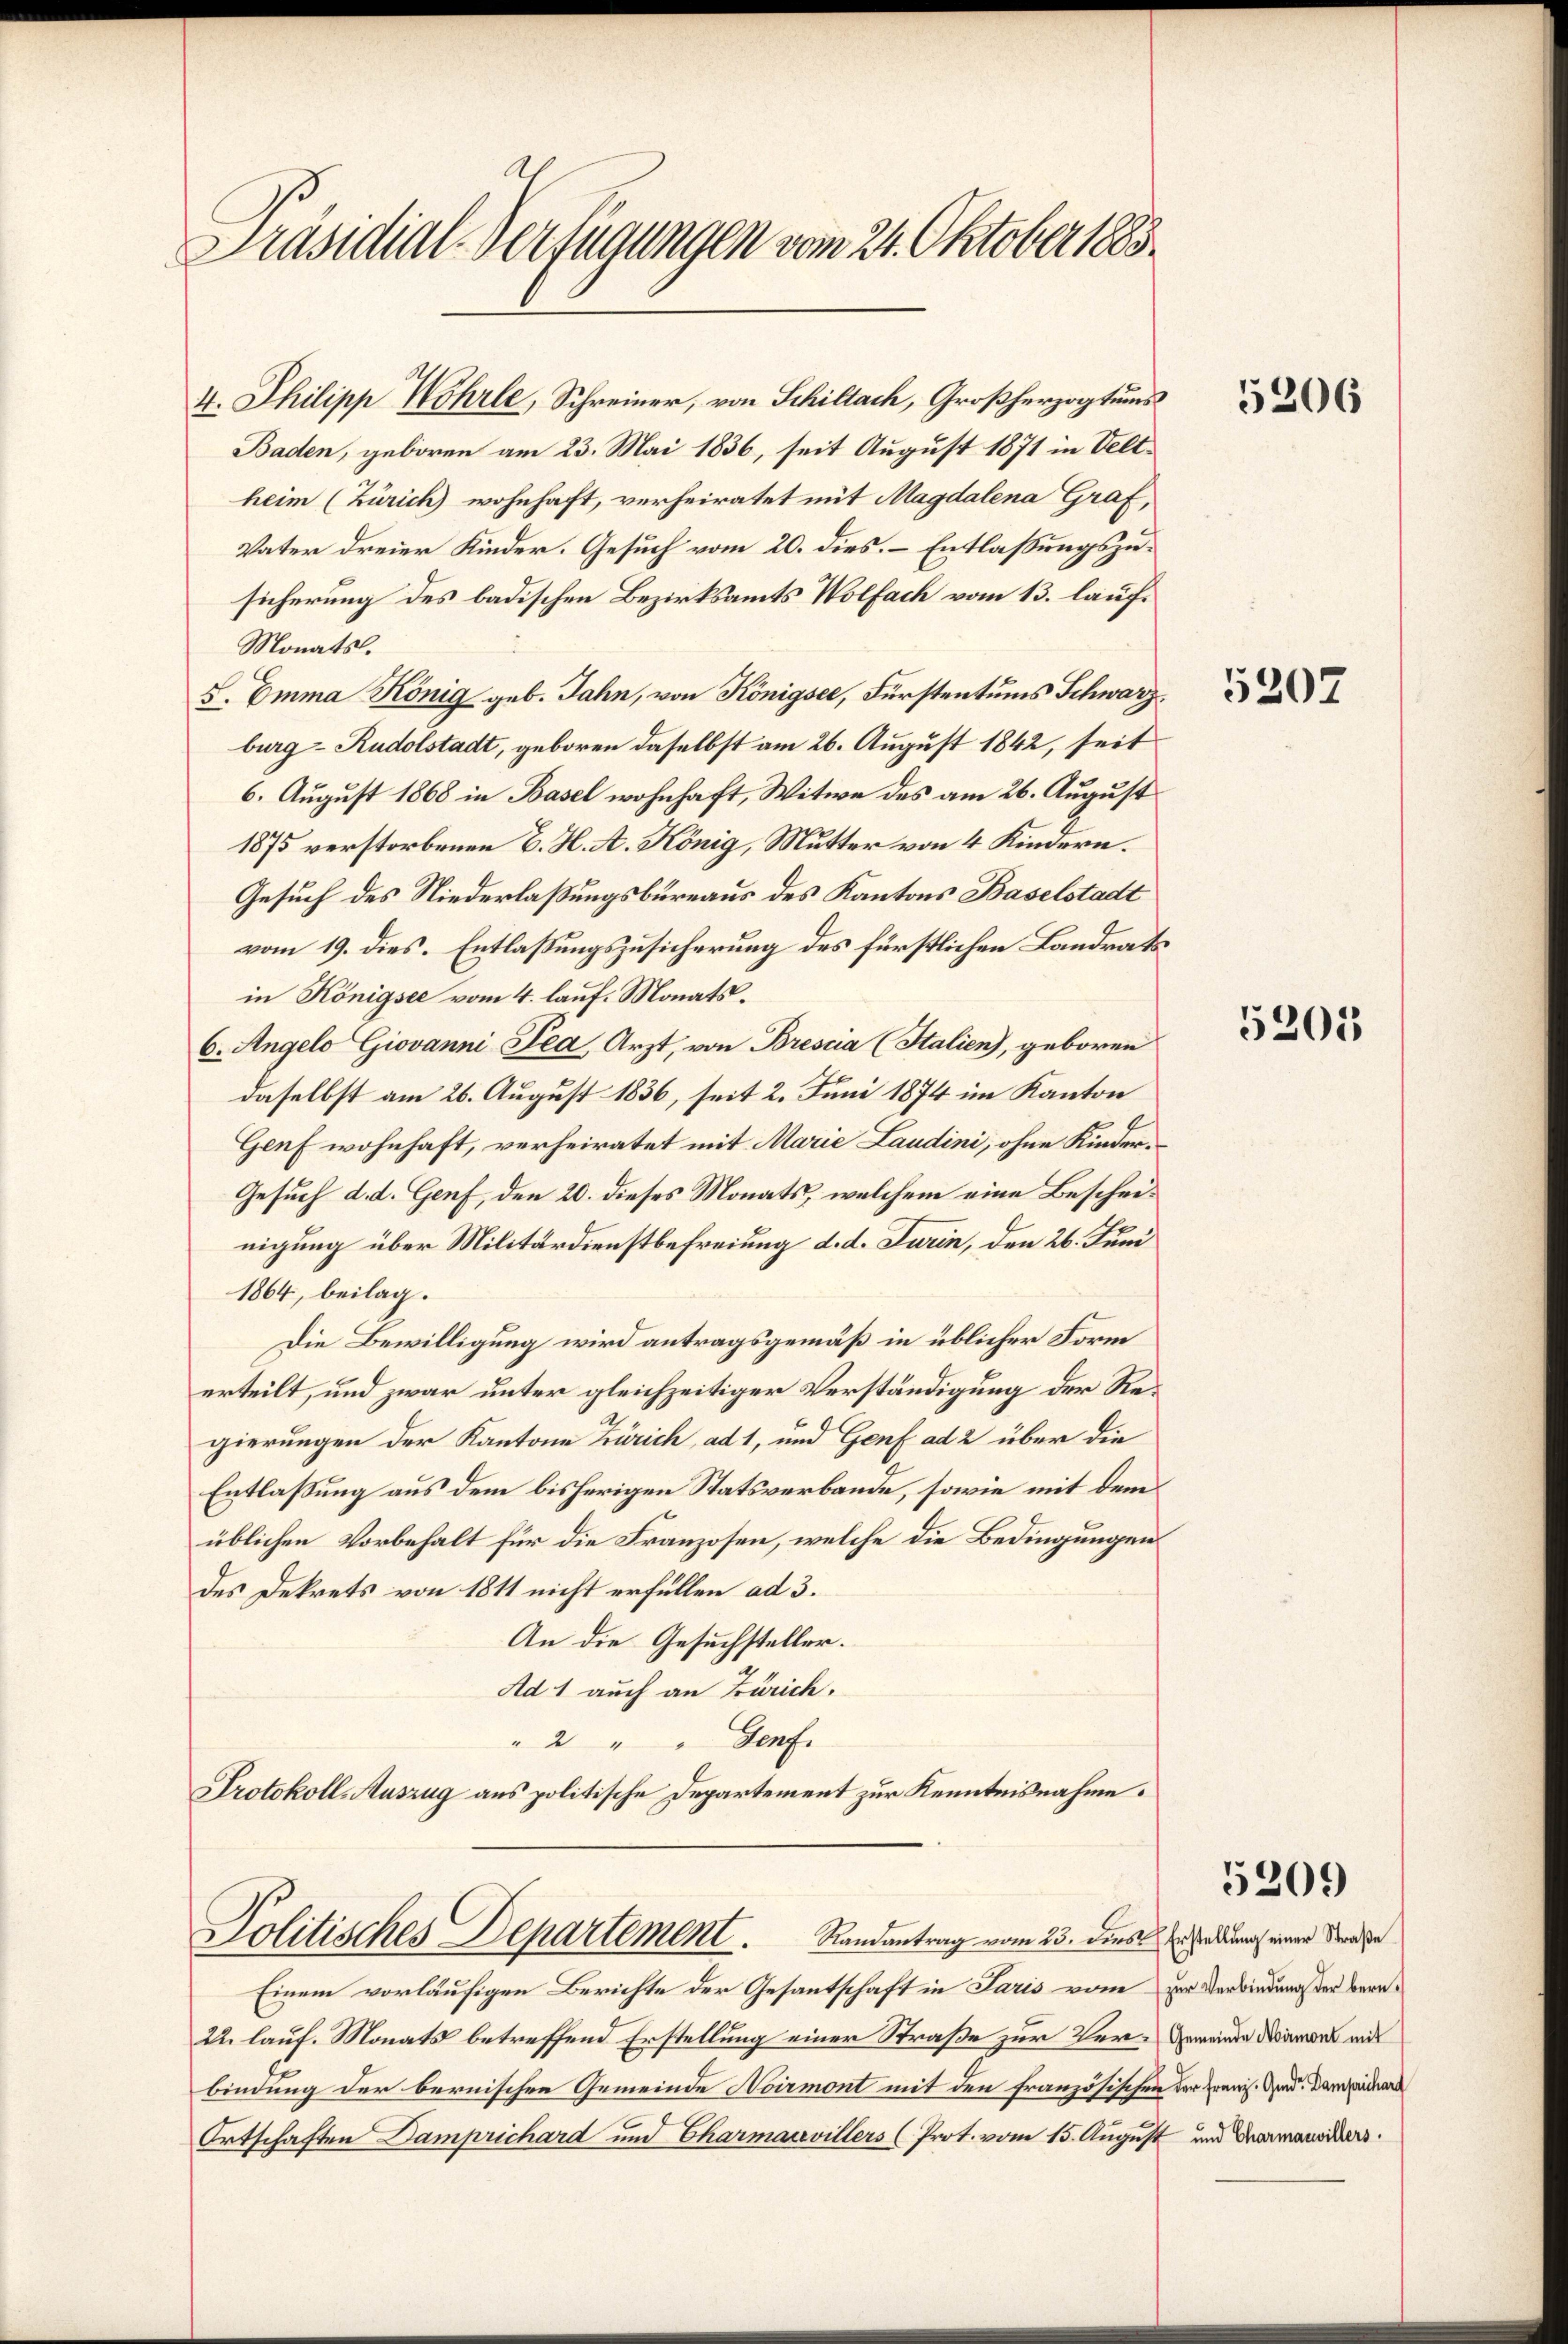
Präsidial-Verfügungen vom 24. Oktober 1883.

4. Philipp Wohrle, Schreiner, von Schillach, Großherzogtums
Baden, geboren am 23. Mai 1836, seit August 1871 in Veltheim (Zürich) wohnhaft, verheiratet mit Magdalena Graf,
Vater dreier Kinder. Gesuch vom 20. dies. – Entlaßungszusicherung des badischen Bezirksamts Wolfach vom 13. lauf¬
Monats.
S. Emma König geb. Jahn, von Königsee, Fürstentums Schwarzburg - Rudolstadt, geboren daselbst am 26. August 1842, seit
6. August 1868 in Basel wohnhaft, Witwe des am 26. August
1875 verstorbenen B. H. A. König, Mutter von 4 Kindern.
Gesuch des Niederlaßungsbüreaus des Kantons Baselstadt
vom 19. dies. Entlaßungszusicherung des fürstlichen Landrats
in Königsee vom 4. lauf. Monats¬
6. Angelo Giovanni Tea Arzt, von Brescia (Italien), geboren
daselbst am 26. August 1836, seit 2. Juni 1874 im Kanton
Genf wohnhaft, verheiratet mit Marie Laudini, ohne Kinder¬
Gesuch d. d. Genf, den 20. dieses Monats, welchem eine Beschrenigung über Militärdienstbefreiung d. d. Turin, den 26. Juni
1864, beilag.
Die Bewilligung wird antragsgemäß in üblicher Form
erteilt, und zwar unter gleichzeitiger Verständigung der Regierungen der Kantone Zürich ad 1, und Genf ad 2 über die
Entlassung aus dem bisherigen Statsverbande, sowie mit dem
üblichen Vorbehalt für die Franzosen, welche die Bedingungen
des Dekrets von 1811 nicht erfüllen ad 3.
An die Gesuchsteller.
Ad 1 auch an Zürich.
" 2 " " Genf.
Protokoll-Auszug aus politische Departement zur Kenntnisnahme.

Politisches Departement. Randantrag vom 23. dies erstadung einer Straße

Einem vorläufigen Berichte der Gesantschaft in Paris vom zur Verbindungster beru¬
22. lauf. Monats betreffend Erstellung einer Straße zur Ver-Gemeinde Wie mit
bindung der bernischen Gemeinde Noirmont mit den französischen der Franz. And. Dampicher
e
Ortschaften Damprichard und Charmauvillers (Prot. vom 15. August und Domaniker.

5206

5207

5205

5209